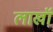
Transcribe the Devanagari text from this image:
लाखॉ